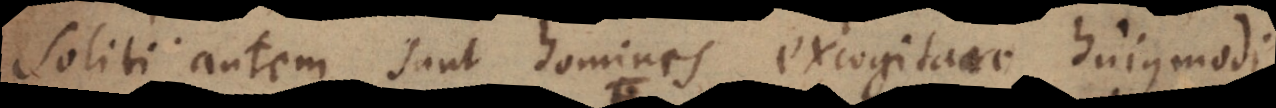
Soliti autem sunt homines excogitare hujusmodi